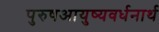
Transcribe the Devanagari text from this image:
पुरुषआयुष्यवर्धनार्थ